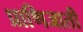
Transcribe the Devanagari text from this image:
प्राणिजाती